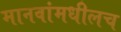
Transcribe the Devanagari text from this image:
मानवांमधीलच